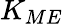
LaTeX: K_{ME}